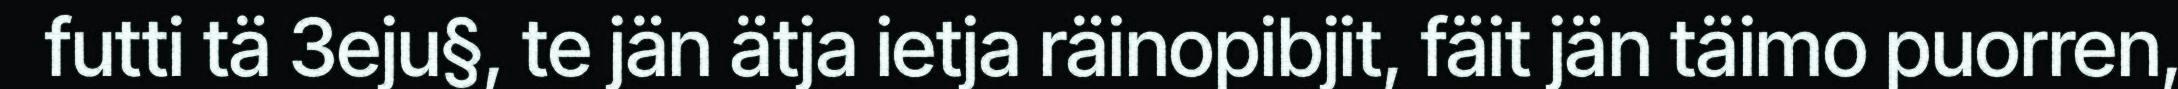
futti tä 3eju§, te jän ätja ietja räinopibjit, fäit jän täimo puorren,